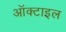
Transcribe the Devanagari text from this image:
ऑक्टाइल